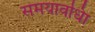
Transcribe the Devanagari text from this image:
समयावधिा